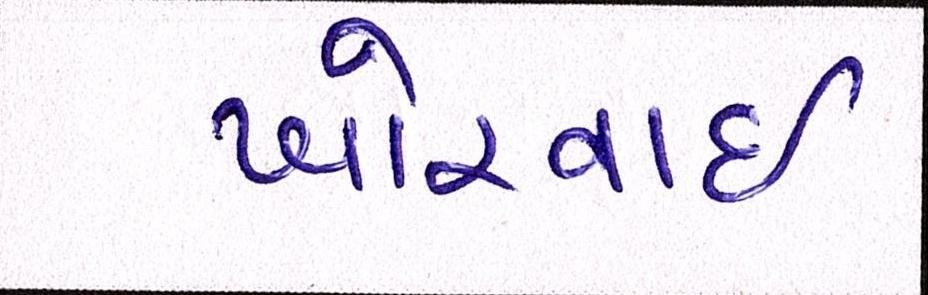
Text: ખોરવાઈ